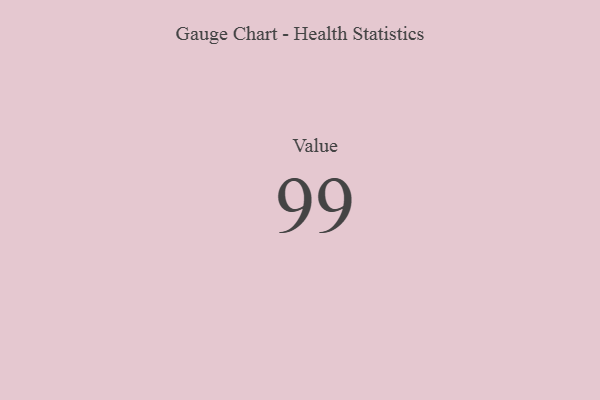
{"axis": {"x": "Metric", "y": "Value"}, "legend": [""], "data": [{"x": "Value", "y": 99, "type": ""}]}